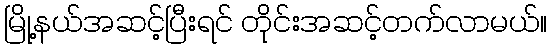
မြို့နယ်အဆင့်ပြီးရင် တိုင်းအဆင့်တက်လာမယ်။